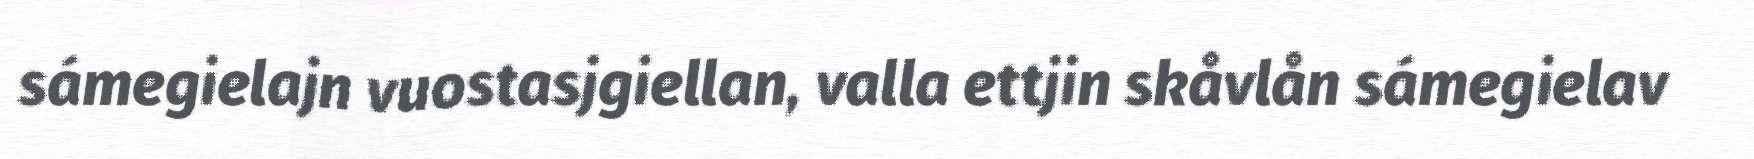
sámegielajn vuostasjgiellan, valla ettjin skåvlån sámegielav